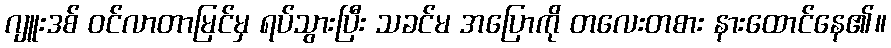
ဂျူးဒစ် ဝင်လာတာမြင်မှ ရပ်သွားပြီး သခင်မ အပြောကို တလေးတစား နားထောင်နေ၏။